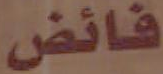
فائض